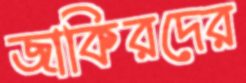
জাকিরদের